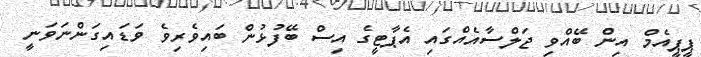
ޕީޕީއެމް އިން ބޭއްވި ޖަލްސާއެއްގައި އެޕާޓީގެ އިސް ބޭފުޅުން ބައިވެރިވެ ވަޑައިގަންނަވަނީ